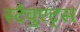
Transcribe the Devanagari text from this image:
स्टैचुएट्स